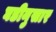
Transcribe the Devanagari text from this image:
घडीनुसार